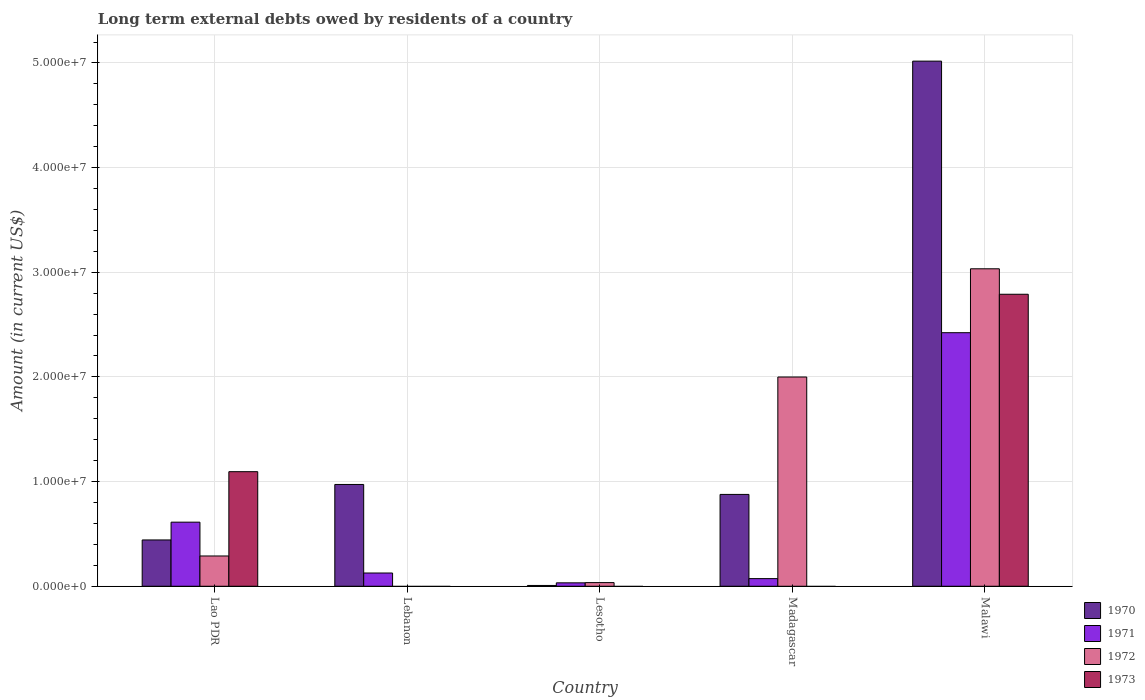
| Country | 1970 | 1971 | 1972 | 1973 |
 | --- | --- | --- | --- | --- |
 | Lao PDR | 4.42e+06 | 6.12e+06 | 2.89e+06 | 1.09e+07 |
 | Lebanon | 9.73e+06 | 1.26e+06 | -6.84e+06 | -8.52e+06 |
 | Lesotho | 7.6e+04 | 3.26e+05 | 3.48e+05 | -1.6e+05 |
 | Madagascar | 8.78e+06 | 7.3e+05 | 2e+07 | -1.04e+07 |
 | Malawi | 5.02e+07 | 2.42e+07 | 3.03e+07 | 2.79e+07 |